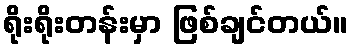
ရိုးရိုးတန်းမှာ ဖြစ်ချင်တယ်။